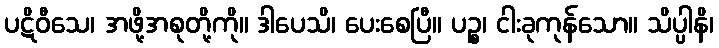
ပဋိဝီသေ၊ အဖို့အစုတို့ကို။ ဒါပေသိ၊ ပေးစေပြီ။ ပဉ္စ၊ ငါးခုကုန်သော။ သိပ္ပါနိ၊